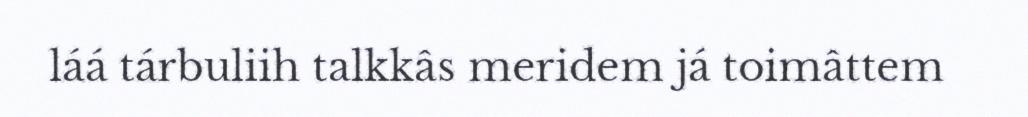
láá tárbuliih talkkâs meridem já toimâttem